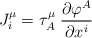
\begin{align*}J_i^\mu=\tau_A^\mu \;\frac{\partial\varphi^A}{\partial x^i}\end{align*}